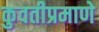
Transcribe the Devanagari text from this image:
कुवतीप्रमाणे